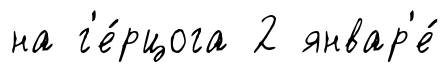
на г'е́рцога 2 январ'е́